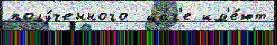
полу́ченного  ша́г'е им'е́ют